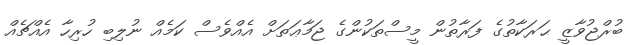
ބުރްޖުވާޒީ ޙަރަކާތުގެ ފަރާތުން މީސްތަކުންގެ ޖަމާޢަތަށް އެއްވެސް ކަމެއް ނުލިބި ހުރިހާ އެއްޗެއް